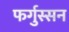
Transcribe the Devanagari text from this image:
फर्गुस्सन